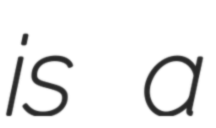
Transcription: is a